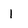
Character: 1